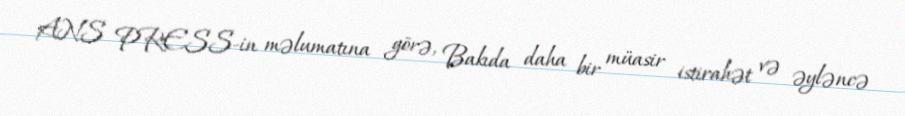
ANS PRESS-in məlumatına görə, Bakıda daha bir müasir istirahət və əyləncə